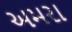
અમરા